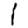
Digit: 1